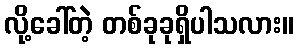
လို့ခေါ်တဲ့ တစ်ခုခုရှိပါသလား။